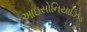
આઇસોનિયાઝિડ